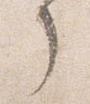
了